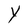
Character: Y